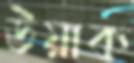
উয়াক